Lunatic asylums Bombay report 1878-1890 - 1878-1890
Year: 1878
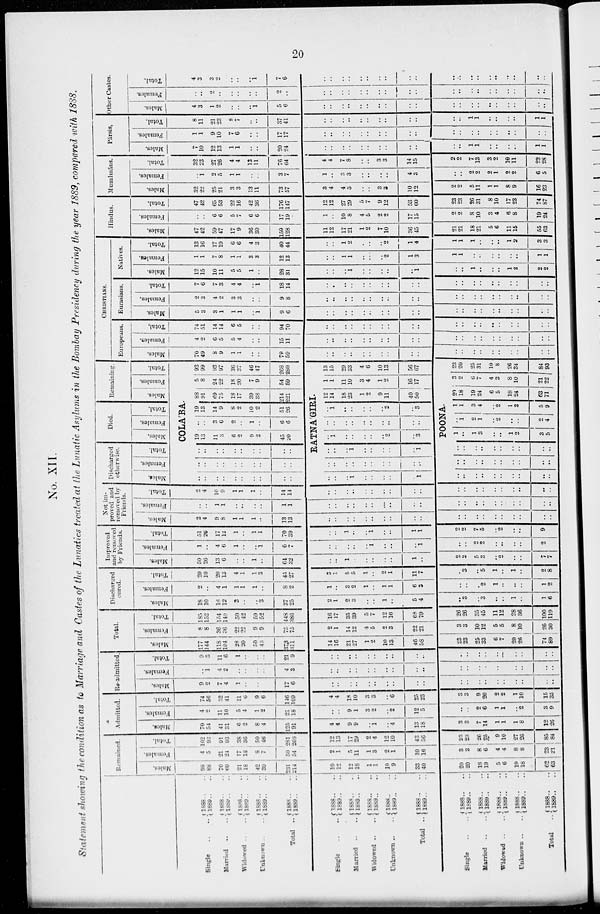
20
No. XII.
Statement showing the condition as to Marriage and Castes of the Lunatics treated at the Lunatic Asylums in the Bombay Presidency during the year 1889, compared with 1888.
Single .. ..
Married .. ..
Widowed .. ..
Unknown .. ..
Total ..
Single .. ..
Married .. ..
Widowed .. ..
Unknown .. ..
Total ..
Single .. ..
Married
.. ..
Widowed .. ..
Unknown .. ..
Total ..
1888 .. ..
1889 .. ..
1888 .. ..
1889 .. ..
1888 .. ..
1889 .. ..
1888 .. ..
1889 .. ..
1888 .. ..
1889 .. ..
1888 .. ..
1889 .. ..
1888 .. ..
1889 .. ..
1888 .. ..
1889 .. ..
1888 .. ..
1889 .. ..
1888 .. ..
1889 .. ..
1888 .. ..
1889 .. ..
1888 .. ..
1889 .. ..
1888 .. ..
1889 .. ..
1888 .. ..
1889
..
..
1888 .. ..
1889 .. ..
Remained.
Males.
98
88
70
69
21
18
42
39
231
214
10
12
12
18
1
1
10
9
33
40
20
20
18
19
5
6
19
18
62
63
Females.
4
5
21
24
17
18
8
7
50
54
2
1
5
11
1
3
2
1
10
16
3
3
8
6
4
4
8
8
23
21
Total.
102
93
91
93
38
36
50
46
281
268
12
13
17
29
2
4
12
10
43
56
23
23
26
25
9
10
27
26
85
84
Admitted.
Males.
70
54
41
31
6
2
8
4
125
91
4
4
9
9
..
1
..
4
13
18
3
3
7
14
1
1
1
8
12
26
Females.
4
2
11
10
5
4
1
2
21
18
..
..
9
1
3
2
..
2
12
5
..
..
2
6
1
1
..
2
3
9
Total.
74
56
52
41
11
6
9
6
146
109
4
4
18
10
3
3
..
6
25
23
3
3
9
20
2
2
1
10
15
35
Re-admitted.
Males.
9
2
7
4
1
..
..
..
17
6
..
..
..
..
..
..
..
..
..
..
..
..
..
..
..
..
..
..
..
..
Females.
..
1
4
2
..
..
..
..
4
3
..
..
..
..
..
..
..
..
..
..
..
..
..
..
..
..
..
..
..
..
Total.
9
3
11
6
1
..
..
..
21
9
..
..
..
..
..
..
..
..
..
..
..
..
..
..
..
..
..
..
..
..
Total.
Males.
177
144
118
104
28
20
50
43
373
311
14
16
21
27
1
2
10
12
46
58
23
23
25
33
6
7
20
26
74
89
Females.
8
8
36
36
22
22
9
9
75
75
2
1
14
12
4
5
2
3
22
21
3
3
10
12
5
5
8
10
26
30
Total.
185
152
154
140
50
42
59
52
448
386
16
17
35
39
5
7
12
16
68
79
26
26
35
45
11
12
28
36
100
119
Discharged
cured.
Males.
18
10
16
12
3
..
..
3
37
25
2
1
2
3
..
..
1
..
5
4
..
3
..
3
..
..
1
..
1
6
Females.
2
..
4
1
1
1
1
..
8
2
1
..
3
2
1
..
1
1
6
3
..
..
..
2
1
..
..
..
1
2
Total.
20
10
20
13
4
1
1
3
45
27
3
1
5
5
1
..
2
1
11
7
..
3
..
5
1
..
1
..
2
8
Improved
and removed
by Friends.
Males.
50
26
13
6
..
..
1
..
64
32
..
..
1
..
..
..
..
..
1
..
2
2
5
3
..
2
..
..
7
7
Females.
1
..
4
6
1
..
..
1
6
7
..
..
..
..
..
1
..
..
..
1
..
..
2
2
..
..
..
..
2
Total.
51
26
17
12
1
..
1
1
70
39
..
..
1
..
..
1
..
..
1
1
2
2
7
5
.. 2
..
..
9
Not im-
proved and
removed by
Friends.
Males.
2
4
9
8
1
1
1
..
13
13
..
..
..
..
..
..
..
..
..
..
..
..
..
..
..
..
..
..
..
..
Females.
..
..
1
1
..
..
..
..
1
1
..
..
..
..
..
..
..
..
..
..
..
..
..
..
..
..
..
..
..
..
Total.
2
4
10
9
1
1
1
..
14
14
..
..
..
..
..
..
..
..
..
..
..
..
..
..
..
..
..
..
..
..
Discharged
otherwise.
Males.
Females.
Total.
Died.
Males.
Females.
Total.
Remaining.
Males.
Females.
Total.
COLA'BA.
..
..
..
..
..
..
..
..
..
..
..
..
..
..
..
..
..
..
..
..
..
..
..
..
..
..
..
..
..
..
19
13
11
3
6
2
9
2
45
20
..
..
3
6
2
..
1
..
6
6
19
13
14
9
8
2
10
2
51
26
88
91
69
75
18
17
39
38
214
221
5
8
24
22
18
20
7
9
54
59
93
99
93
97
36
37
46
47
268
280
RATNA'GIRI.
..
..
..
l
..
..
..
..
..
l
..
..
..
..
..
..
..
..
..
..
..
..
..
1
..
..
..
..
..
1
..
1
..
..
..
..
..
2
..
3
..
..
..
..
..
..
..
..
..
..
..
1
..
..
..
..
..
2
..
3
12
14
18
23
1
2
9
11
40
50
1
1
11
10
3
4
1
2
16
17
13
15
29
33
4
6
10
13
56
67
POONA.
..
..
..
..
..
..
..
..
..
..
..
..
..
..
..
..
..
..
..
..
..
..
..
..
..
..
..
..
..
..
1
..
1
3
..
..
1
2
3
5
..
1
2
1
.. 2
..
..
2
4
1
1
3
4
.. 2
1
2
5
9
20
18
19
24
6
5
18
24
63
71
3
2
6
7
4
3
8
10
21
22
23
20
25
31
10
8
26
34
84
93
CHRISTIANS.
Europeans.
Males.
70
49
8
9
1
1
..
..
79
59
..
..
..
..
..
..
..
..
..
..
..
..
..
..
..
..
..
..
..
..
Females.
4
2
6
5
5
4
..
..
15
11
..
..
..
..
..
..
..
..
..
..
..
..
..
..
..
..
..
..
..
..
Total.
74
51
14
14
6
5
..
..
94
70
..
..
..
..
..
..
..
..
..
..
..
..
..
..
..
..
..
..
..
..
Eurasians.
Males.
5
3
3
1
1
1
..
1
9
6
..
..
..
..
..
..
..
..
..
..
..
..
..
..
..
..
..
..
..
..
Females.
2
3
4
2
3
3
..
..
9
8
..
..
..
..
..
..
..
..
..
..
..
..
..
..
..
..
..
..
..
..
Total.
7
6
7
3
4
4
..
1
18
14
..
..
..
..
..
..
..
..
..
..
..
..
..
..
..
..
..
..
..
..
Natives.
Males.
12
15
10
11
5
5
1
..
28
31
..
..
..
1
..
..
..
..
..
1
..
..
1
..
..
..
1
2
2
2
Females.
1
1
7
8
1
1
3
3
12
13
..
..
1
1
..
..
..
2
1
3
1
1
..
..
..
..
..
..
1
1
Total.
13
16
17
19
6
6
4
3
40
44
..
..
1
2
..
..
..
2
1
4
1
1
1
..
..
..
1
2
3
3
Hindus.
Males.
47
42
59
47
17
9
36
30
159
128
11
12
17
21
1
2
7
10
36
45
21
21
18
21
5
6
11
15
55
63
Females.
..
..
6
6
5
7
6
6
17
19
1
..
10
8
4
5
2
2
17
15
2
2
8
10
3
4
6
8
19
24
Total.
47
42
65
53
22
16
42
36
176
147
12
12
27
29
5
7
9
12
53
60
23
23
26
31
8
10
17
23
74
87
Musalmáns.
Males.
32
22
25
21
3
3
13
11
73
57
3
4
4
5
..
..
3
3
10
12
2
2
5
11
1
1
8
9
16
23
Females.
..
1
2
5
1
1
..
..
3
7
1
..
3
3
..
..
..
..
4
3
..
..
2
2
2
1
2
2
6
5
Total.
32
23
27
26
4
4
13
11
76
64
4
4
7
8
..
..
3
3
14
15
2
2
7
13
3
2
10
11
22
28
Pársis.
Males.
7
10
12
13
1
1
..
..
20
24
..
..
..
..
..
..
..
..
..
..
..
..
1
1
..
..
..
..
1
1
Females.
1
1
9
10
7
6
..
..
17
17
..
..
..
..
..
..
..
..
..
..
..
..
..
..
..
..
..
..
..
..
Total.
8
11
21
23
8
7
..
..
37
41
..
..
..
..
..
..
..
..
..
..
..
..
1
1
..
..
..
..
1
1
Other Castes.
Males.
4
3
1
2
..
..
..
1
5
6
..
..
..
..
..
..
..
..
..
..
..
..
..
..
..
..
..
..
..
..
Females.
..
..
2
..
..
..
..
..
2
..
..
..
..
..
..
..
..
..
..
..
..
..
..
..
..
..
..
..
..
..
Total.
4
3
3
2
..
..
..
1
7
6
..
..
..
..
..
..
..
..
..
..
..
..
..
..
..
..
..
..
..
..